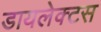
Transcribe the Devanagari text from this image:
डायलेक्टस